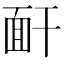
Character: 𩈅